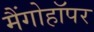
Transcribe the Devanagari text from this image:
मैंगोहॉपर